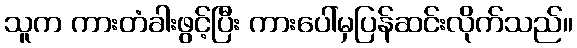
သူက ကားတံခါးဖွင့်ပြီး ကားပေါ်မှပြန်ဆင်းလိုက်သည်။